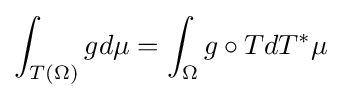
\int _{T(\Omega )}gd\mu =\int _{\Omega }g\circ TdT^{*}\mu